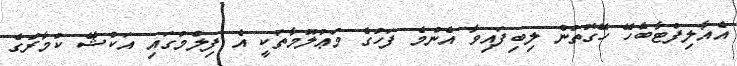
އެއާލިފްޓާބެހޭ ހޭގޮތުން ލިބިފައިވާ އެންމެ ފަހުގެ މަޢުލޫމާތަކީ އެ ފިލްމުގައި އަކްޝޭ ކުމާރުގެ